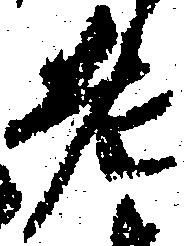
老